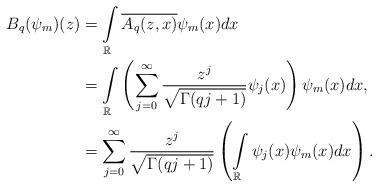
LaTeX: \begin{align*}B_q(\psi_m)(z) &= \int\limits_{\mathbb R} \overline{ A_q(z,x)} \psi_m(x)dx \\&=\int\limits_{\mathbb R}\left( \sum_{j=0}^{\infty} \frac{z^j}{\sqrt{\Gamma(qj+1)}} \psi_j(x)\right)\psi_m(x) dx,\\ &=\sum_{j=0}^{\infty}\frac{z^j}{\sqrt{\Gamma(qj+1)}}\left(\int\limits_{\mathbb R}\psi_j(x)\psi_m(x)dx\right).\\\end{align*}